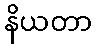
နိယတာ